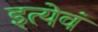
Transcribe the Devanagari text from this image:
इत्येवं